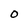
Character: O